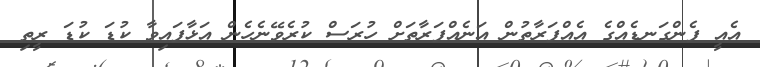
އެއީ ފެންގަނޑެއްގެ އެއްފަރާތުން އަނެއްފަރާތަށް ހުރަސް ކުރެވޭނެހެން އަޅާފައިވާ ކުޑަ ކުޑަ ރީތި